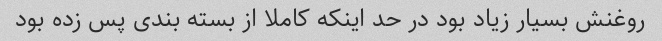
روغنش بسیار زیاد بود در حد اینکه کاملا از بسته بندی پس زده بود